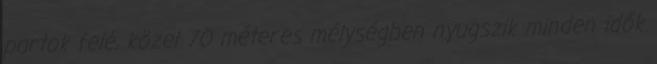
partok felé, közel 70 méteres mélységben nyugszik minden idők